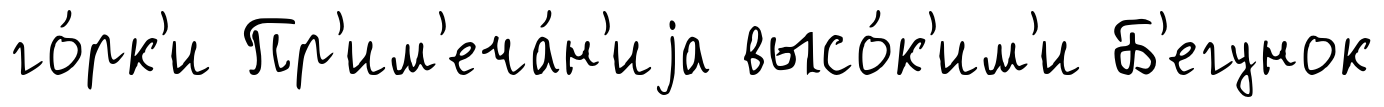
го́рк'и Пр'им'еча́н'иjа высо́к'им'и Б'егунок